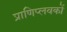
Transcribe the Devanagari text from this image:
प्राणिप्लवकों